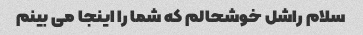
سلام راشل خوشحالم که شما را اینجا می بینم